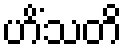
ဟိံသတိ